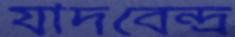
যাদবেন্দ্র